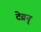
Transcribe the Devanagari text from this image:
टेय्रन्